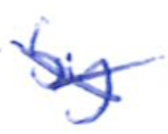
Text: by
Cross-out: mix
Writing tool: ballpoint